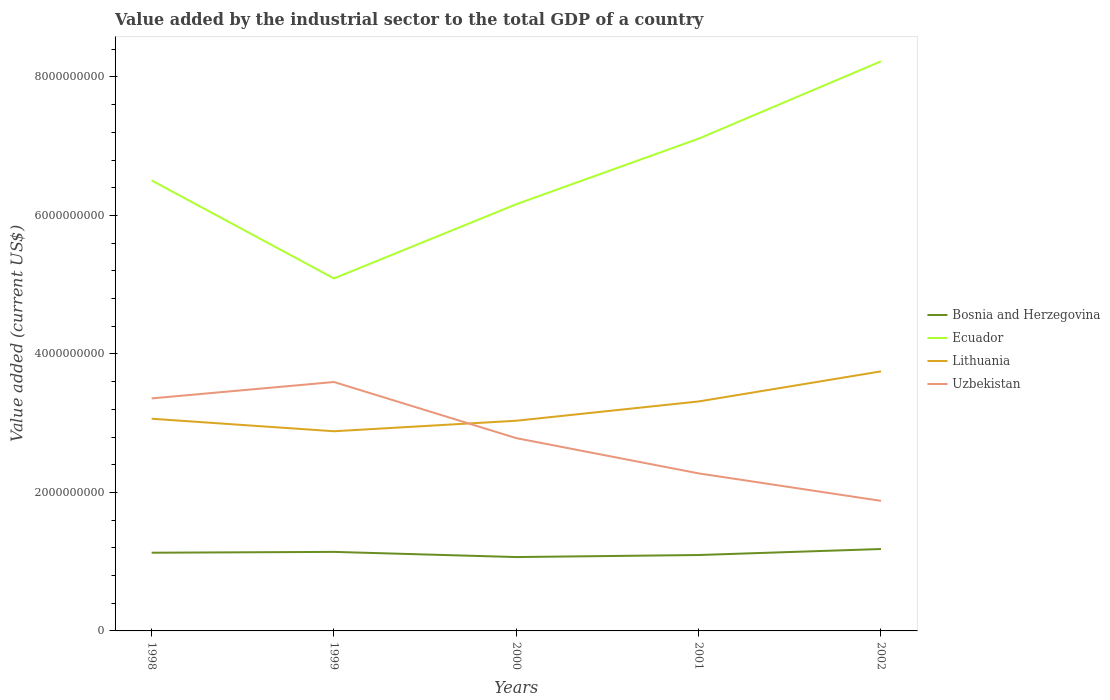
| Years | Bosnia and Herzegovina | Ecuador | Lithuania | Uzbekistan |
 | --- | --- | --- | --- | --- |
 | 1998 | 1.13e+09 | 6.51e+09 | 3.06e+09 | 3.36e+09 |
 | 1999 | 1.14e+09 | 5.09e+09 | 2.88e+09 | 3.59e+09 |
 | 2000 | 1.07e+09 | 6.16e+09 | 3.04e+09 | 2.78e+09 |
 | 2001 | 1.1e+09 | 7.11e+09 | 3.31e+09 | 2.27e+09 |
 | 2002 | 1.18e+09 | 8.22e+09 | 3.75e+09 | 1.88e+09 |